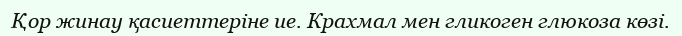
Қор жинау қасиеттеріне ие. Крахмал мен гликоген глюкоза көзі.